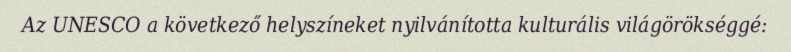
Az UNESCO a következő helyszíneket nyilvánította kulturális világörökséggé: